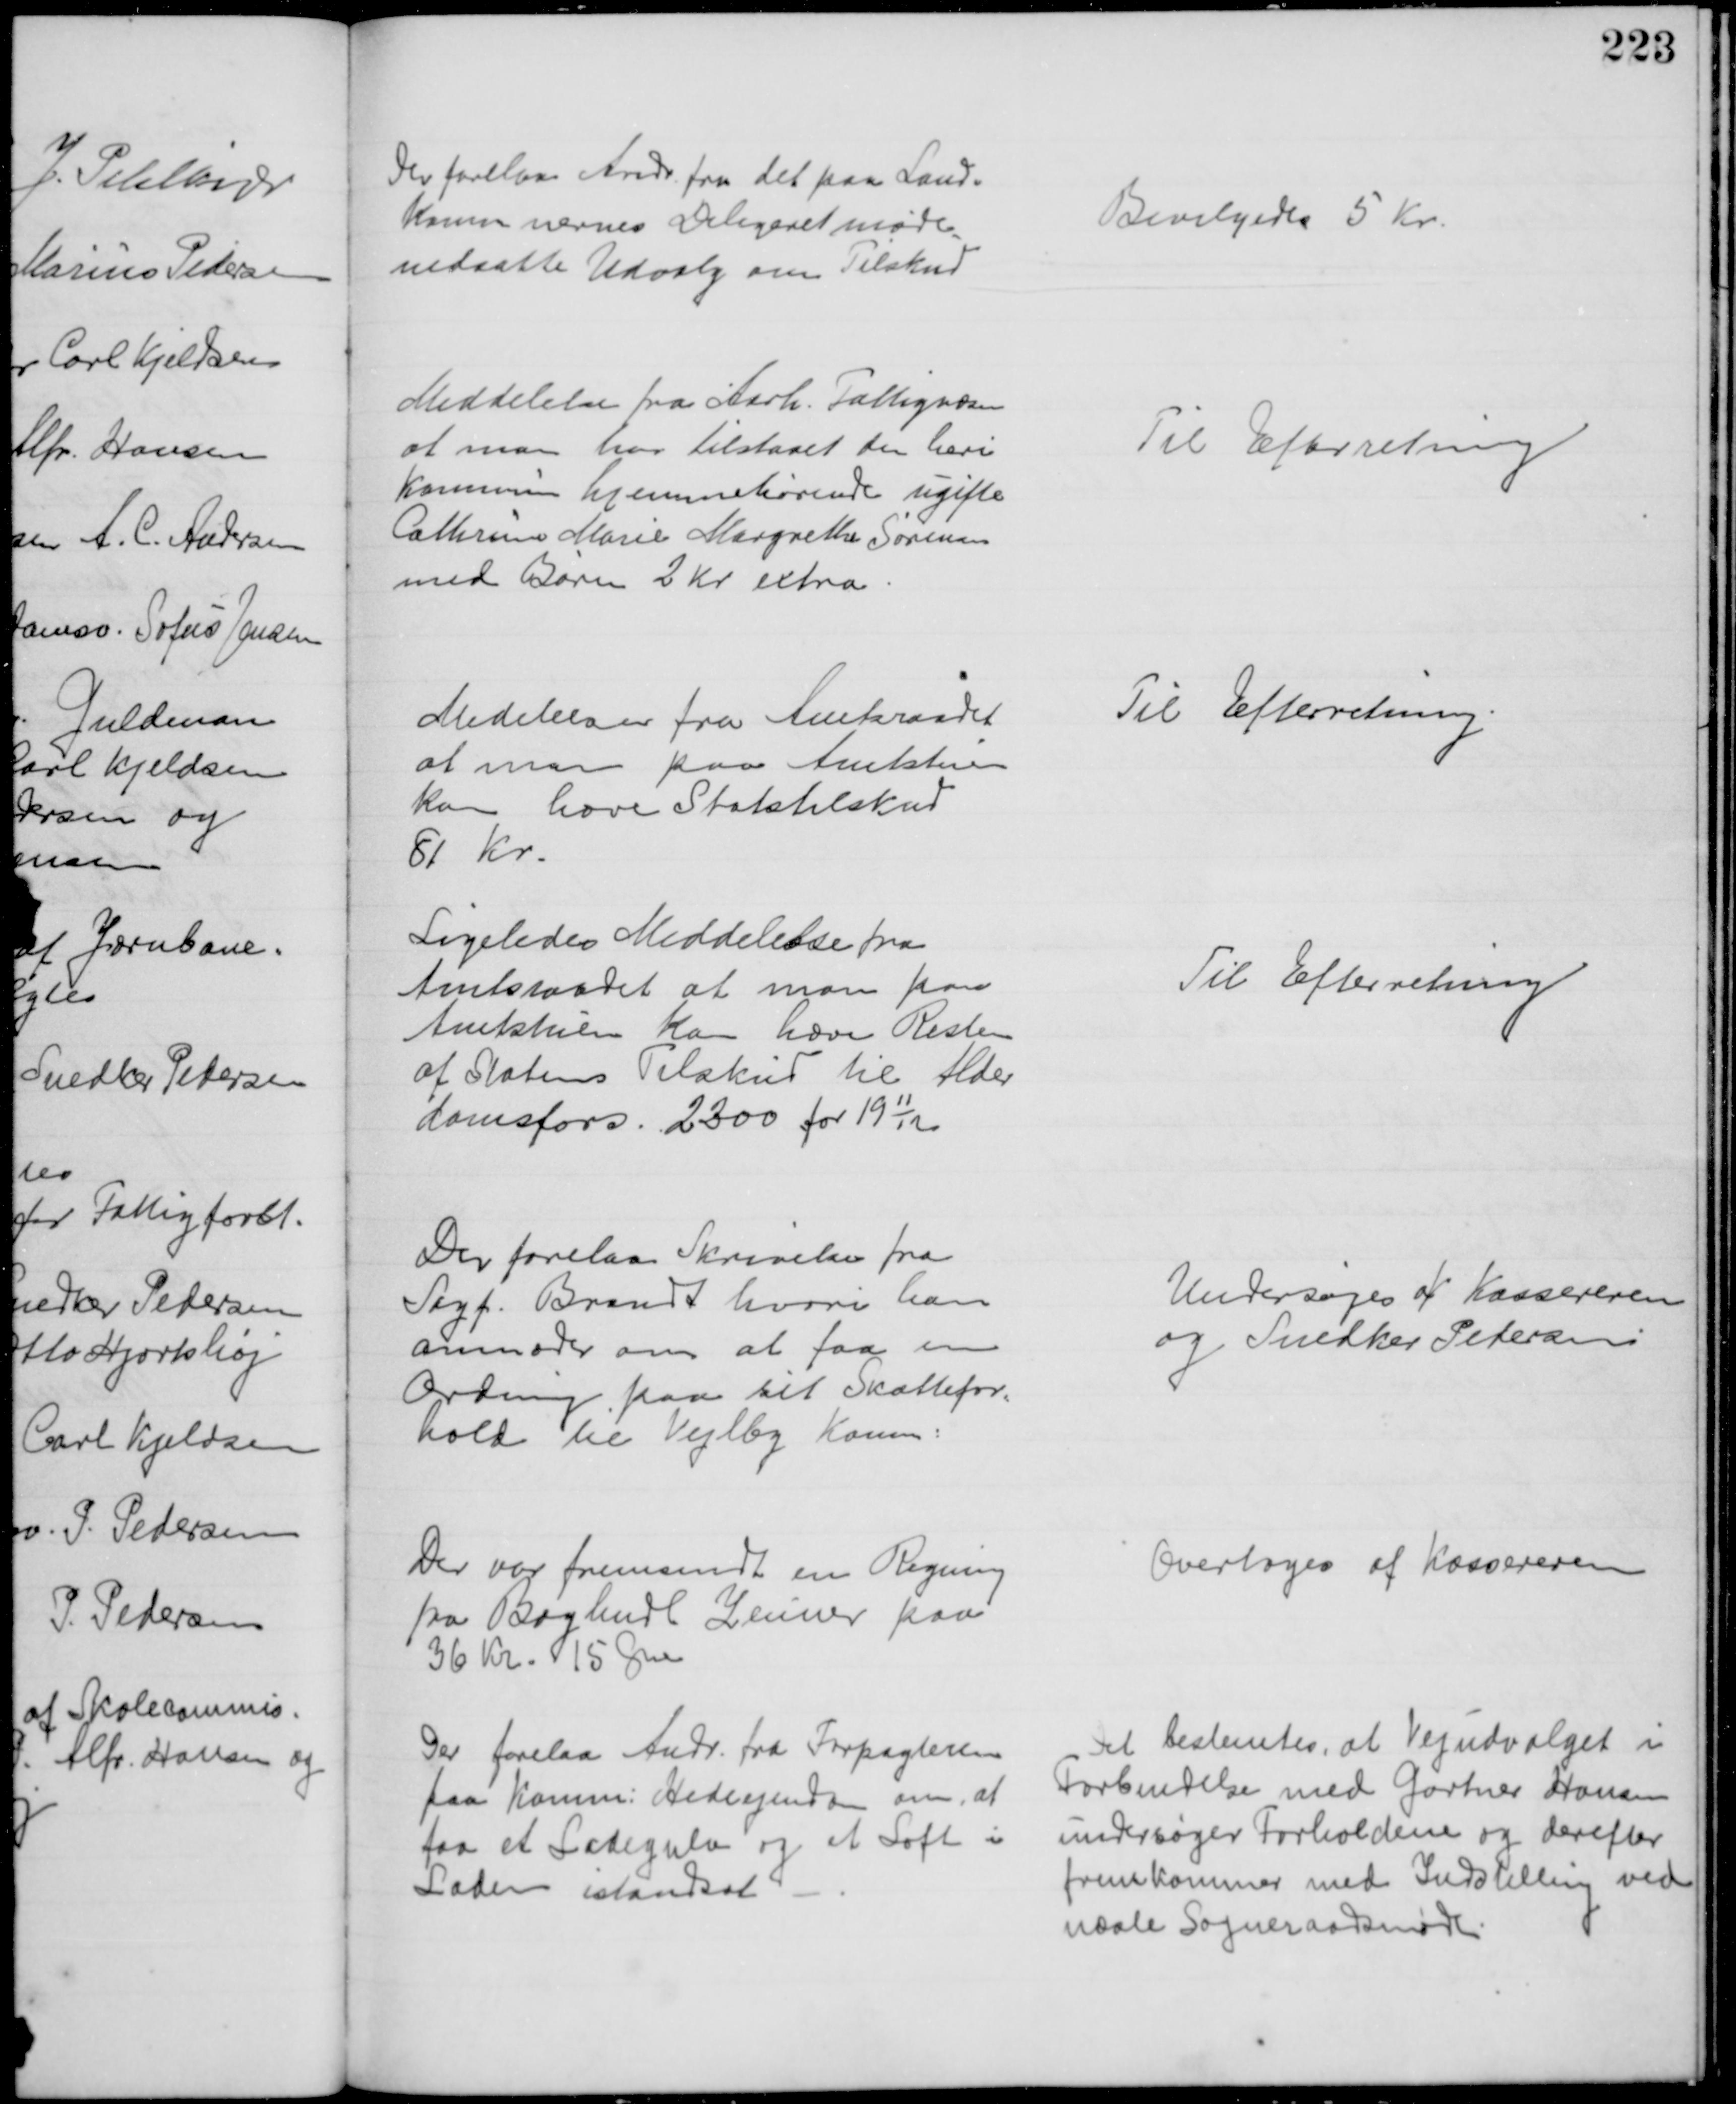
Transskription:
Der forelaa Andr. fra det paa Land-
komunernes Delegeretmøde
nedsatte Udvalg om Tilskud
Bevilgedes 5 Kr.
Meddelelse fra Aarh. Fattigvæsen
at man har tilstaaet den heri 
Komunen hjemmehørende ugifte
Cathrine Marie Margrethe Sørensen
med Børn 2 Kr. extra
Til Efterretning
Medelelser fra Amtsraadet
at man paa Amtstuen
kan hæve Statstilskud
81 Kr.
Til Efterretning.
Ligeledes Meddelelse fra
Amtsraadet at man paa
Amtstuen kan hæve Resten
af Statens Tilskud til Alder
domsfors. 2300 for 1911/12
Til Efterretning
Der forelaa Skrivelse fra
Sagf. Brandt hvori han
anmoder om at faa en
Ordning paa sit Skattefor-
hold til Vejlby Komm.
Undersøges af Kassereren 
og Snedker Petersen
Der var fremsendt en Regning
fra Boghndl Zeuner paa
36 Kr. 15 Øre
Overtoges af Kassereren
Der forelaa Andr. fra Forpagteren
paa Komm. Hedeejendom om, at
faa et Ladegulv og et Loft i
Laden istandsat
Det bestemtes, at Vejudvalget i
Forbindelse med Gartner Hansen
undersøger Forholdene og derefter
fremkommer med Indstilling ved
næste Sogneraadsmøde.